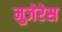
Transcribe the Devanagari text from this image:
मुजेरेस